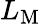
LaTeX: L_{\mathrm{M}}